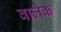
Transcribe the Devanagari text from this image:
वालैक